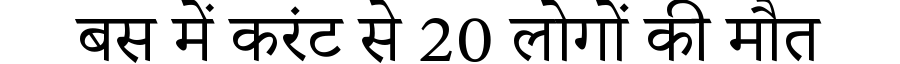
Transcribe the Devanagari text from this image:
बस में करंट से 20 लोगों की मौत